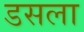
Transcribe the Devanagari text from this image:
डसला